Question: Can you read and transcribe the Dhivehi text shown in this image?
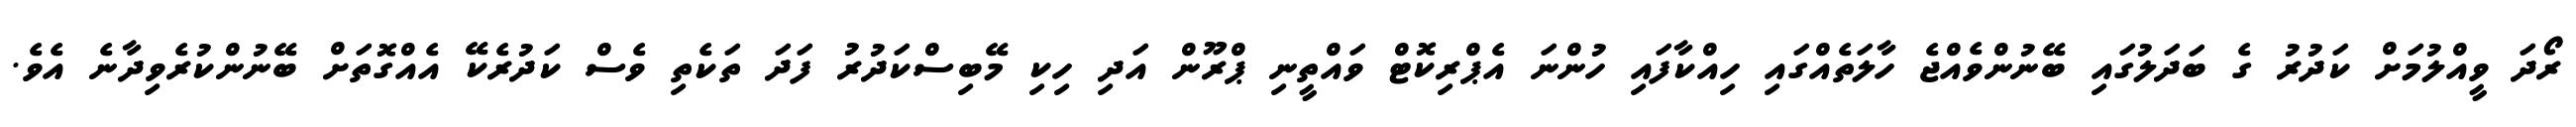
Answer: ރޯދަ ވީއްލުމަށް ކަދުރު ގެ ބަދަލުގައި ބޭނުންވެއްޖެ ހާލަތެއްގައި ހިއްކާފައި ހުންނަ އެޕްރިކޮޓް ވައްތީނި ޕްރޫން އަދި ހިކި މޭބިސްކަދުރު ފަދަ ތަކެތި ވެސް ކަދުރެކޭ އެއްގޮތަށް ބޭނުންކުރެވިދާނެ އެވެ.